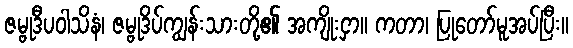
ဇမ္ဗုဒီပဝါသိနံ၊ ဇမ္ဗုဒိပ်ကျွန်းသားတို့၏ အကျိုးငှာ။ ကတာ၊ ပြုတော်မူအပ်ပြီး။